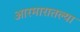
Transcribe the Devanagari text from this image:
आरमारातल्या